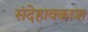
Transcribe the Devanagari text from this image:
संदेहावकाश